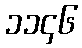
၁၁၄၆